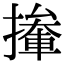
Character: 撪